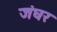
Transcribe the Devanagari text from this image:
जंघर